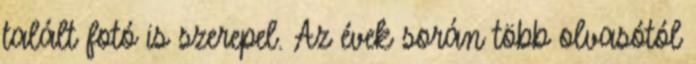
talált fotó is szerepel. Az évek során több olvasótól